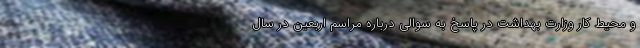
و محیط کار وزارت بهداشت در پاسخ به سوالی درباره مراسم اربعین در سال